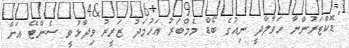
ޑޮކްޓަރުންނާ ހަވާލާދީ ނިއުގެ ބޯޑް މެމްބަރު އަހުމަދު ޒަރީރު ވިދާޅުވީ ސެންޓޭ އަށް